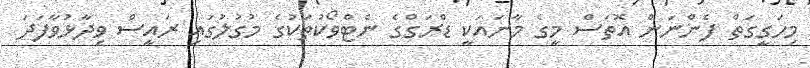
މިހަގީގަތް ފެންނަން އޮތަސް މީގެ މާނައަކީ ޑްރަގްގެ ނެޓްވޯކުތަކުގެ މުގުލުގައި ރައީސް ވިދާޅުވާފަދަ